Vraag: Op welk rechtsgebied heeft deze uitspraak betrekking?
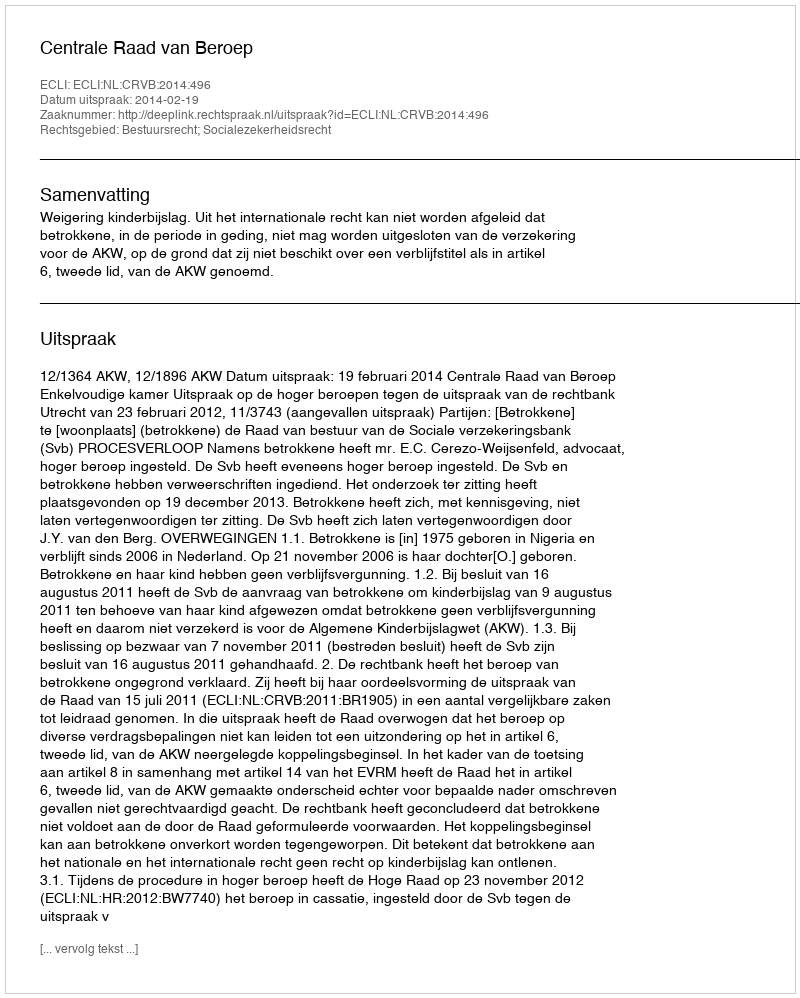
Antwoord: Bestuursrecht; Socialezekerheidsrecht